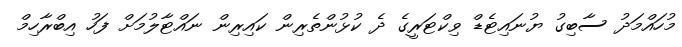
މުހައްމަދު ސާބިގު ޔުނައިޓެޑް ވިކްޓަރީގެ ދެ ކުޅުންތެރިން ކައިރިން ނައްޓާލުމަށް ފަހު އިބްރާހިމް